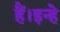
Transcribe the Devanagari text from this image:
हैं।इन्हे